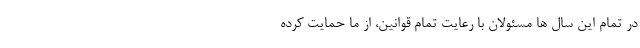
در تمام این سال ها مسئولان با رعایت تمام قوانین، از ما حمایت کرده